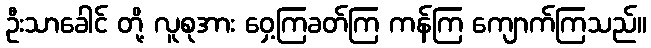
ဦးသာခေါင် တို့ လူစုအား ဝှေ့ကြခတ်ကြ ကန်ကြ ကျောက်ကြသည်။